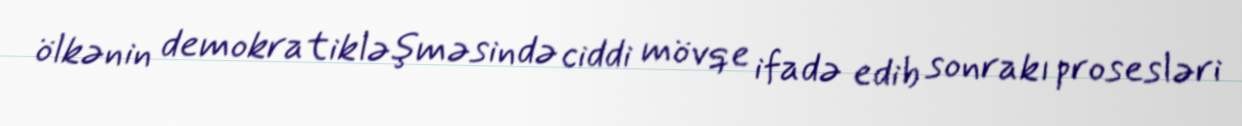
ölkənin demokratikləşməsində ciddi mövqe ifadə edib sonrakı prosesləri